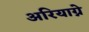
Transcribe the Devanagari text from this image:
अरियाग्ने